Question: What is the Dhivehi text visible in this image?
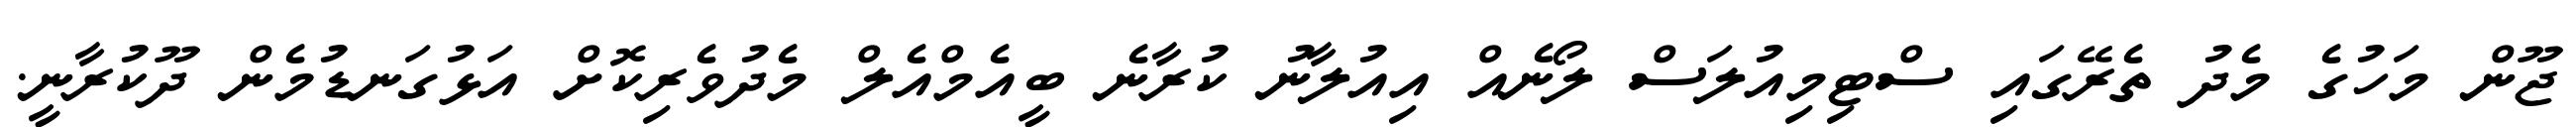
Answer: ޖޫން މަހުގެ މެދު ތެރޭގައި ސްޓިމިއުލަސް ލޯނެއް އިއުލާނު ކުރާނެ ބީއެމްއެލް މެދުވެރިކޮށް އަޅުގަނޑުމެން ދޫކުރާނީ.